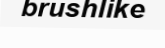
brushlike